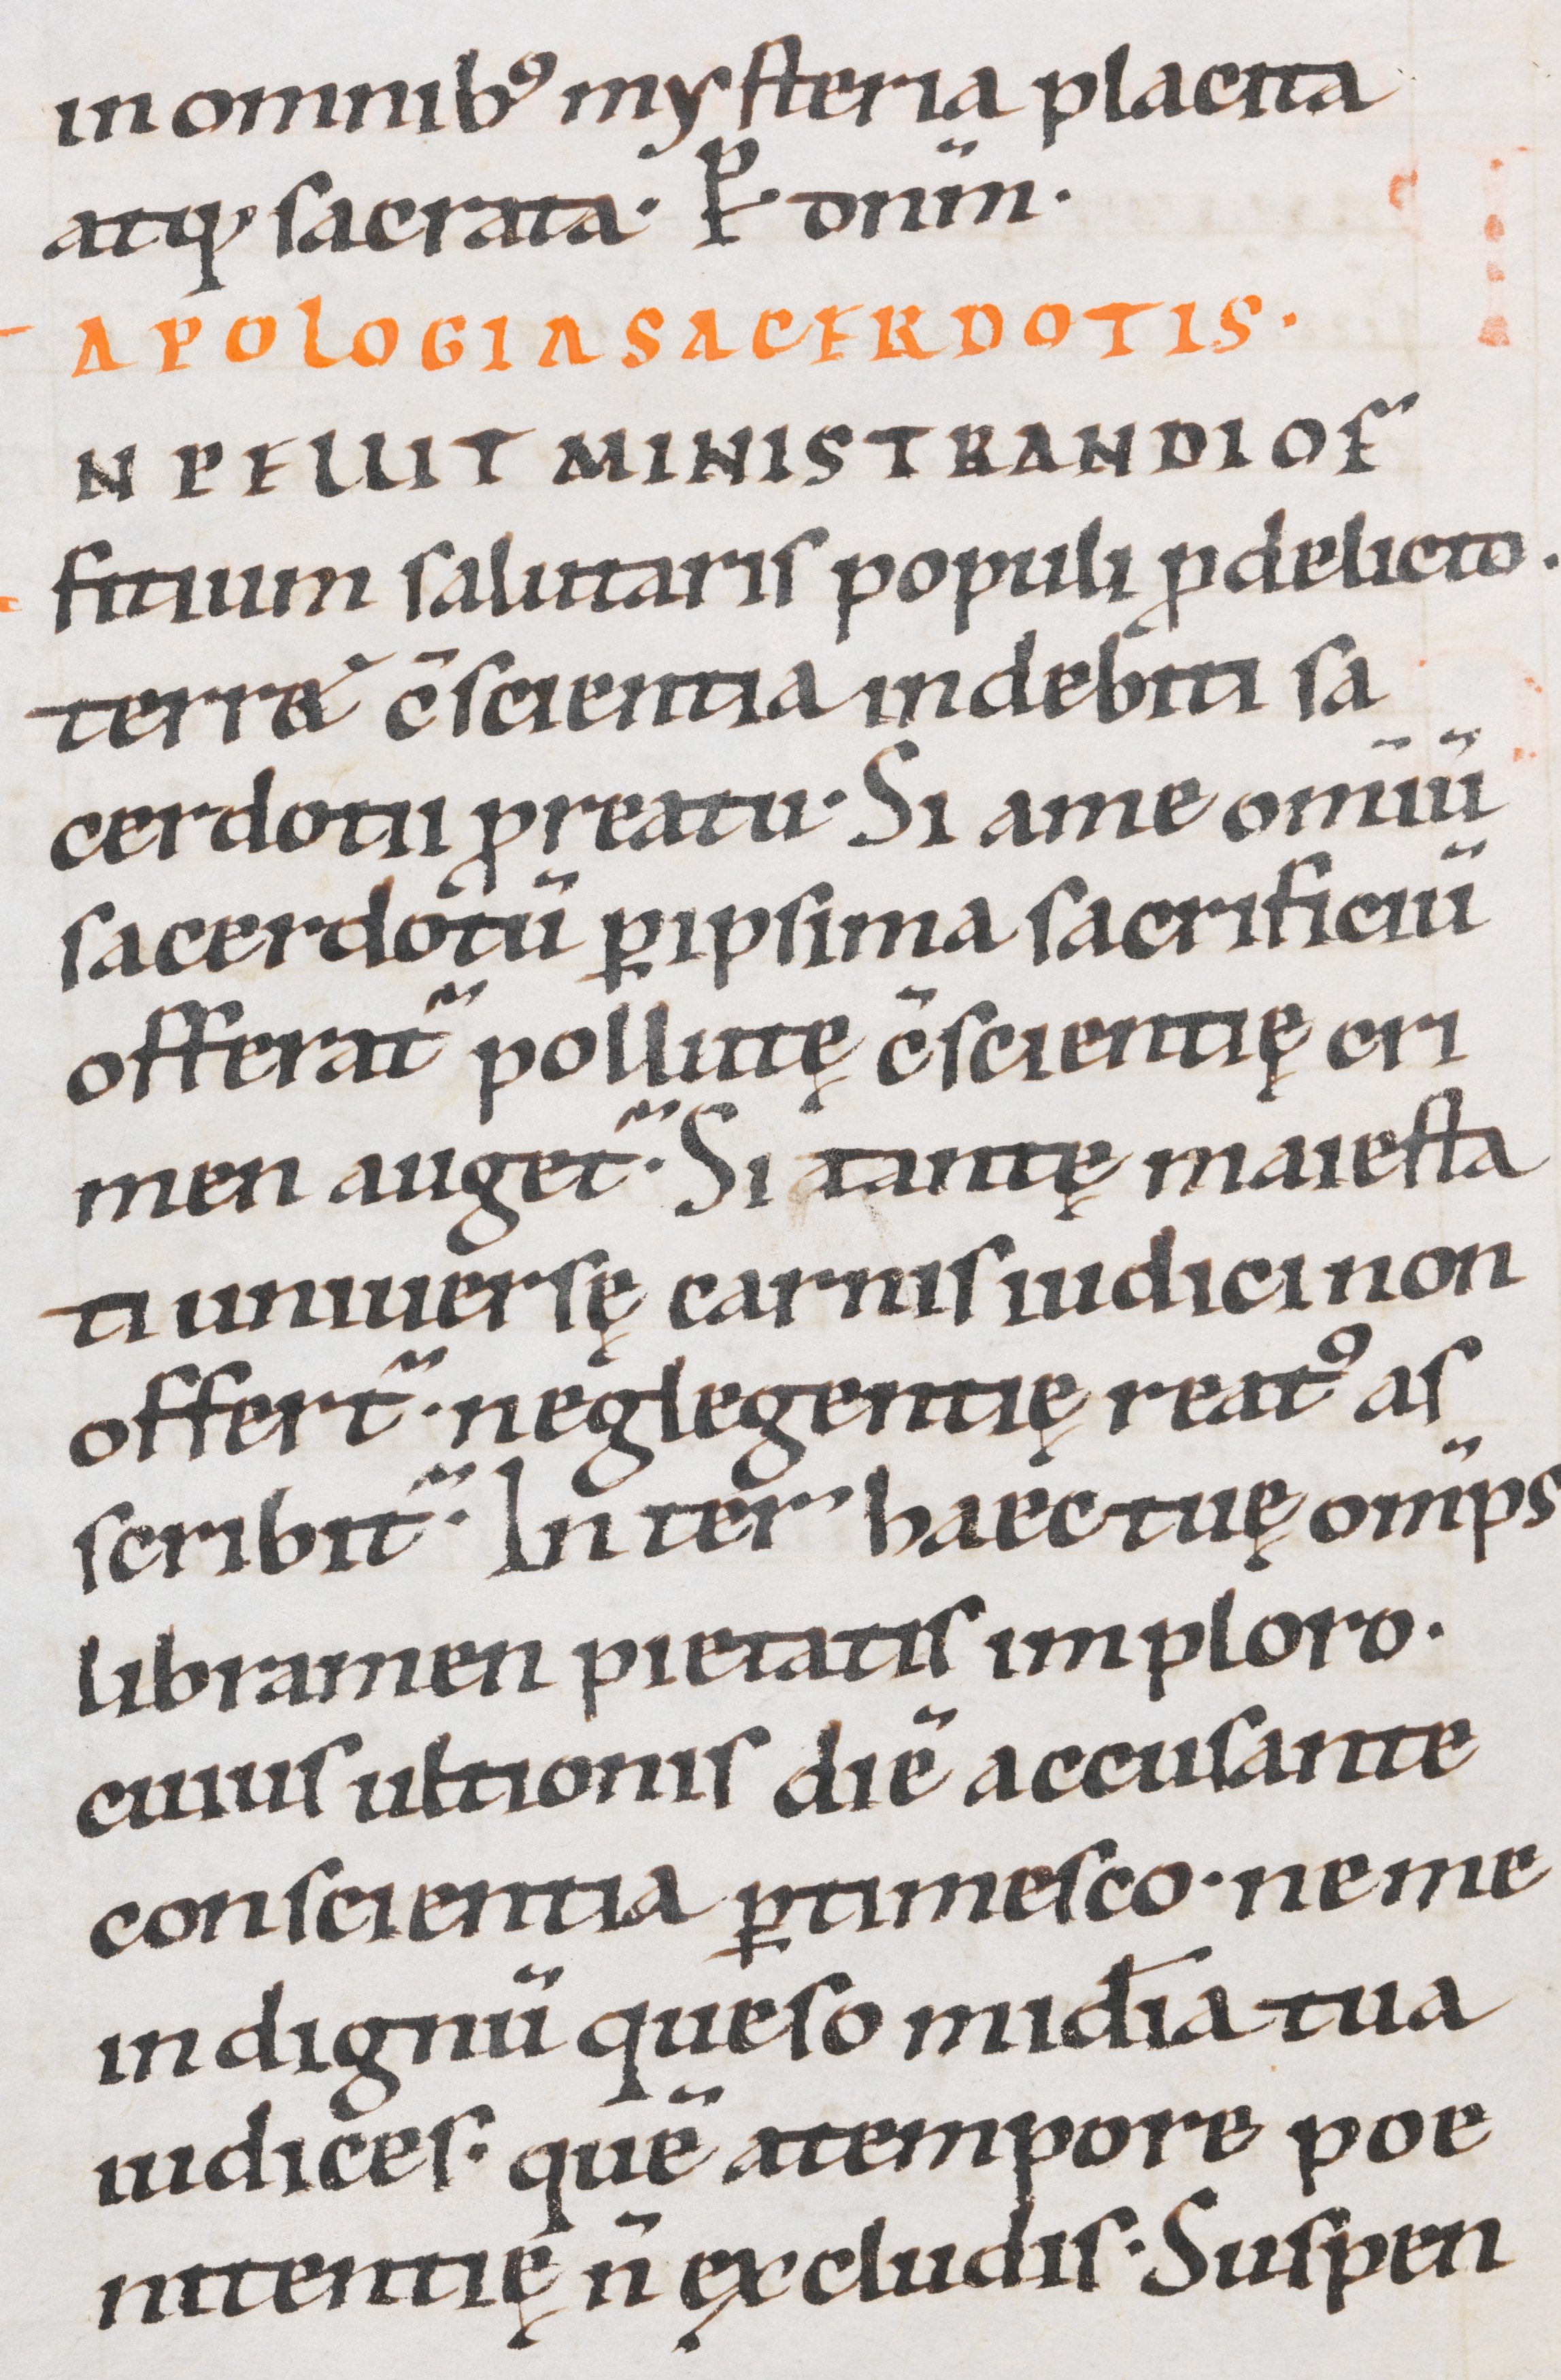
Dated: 1000–1099